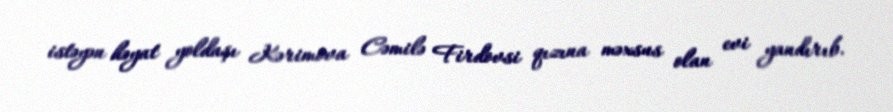
istəyən həyat yoldaşı Kərimova Cəmilə Firdovsi qızına məxsus olan evi yandırıb.